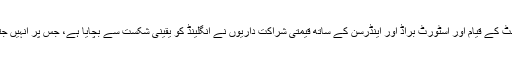
ان کے کریز پر 400 منٹ کے قیام اور اسٹورٹ براڈ اور اینڈرسن کے ساتھ قیمتی شراکت داریوں نے انگلینڈ کو یقینی شکست سے بچایا ہے، جس پر انہیں جتنی داد دی جائے کم ہے۔